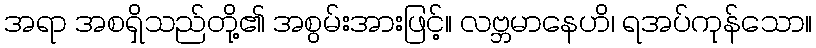
အရာ အစရှိသည်တို့၏ အစွမ်းအားဖြင့်။ လဗ္ဘမာနေဟိ၊ ရအပ်ကုန်သော။